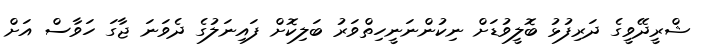
ޝްރީދޭވީގެ ދަރިފުޅު ބޮލީވުޑަށް ނިކުންނަނީހިތްވަރު ބަލިކޮށް ފައިނަލުގެ ދެވަނަ ޖާގަ ހަވާސް އަށް